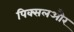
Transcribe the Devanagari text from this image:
पिक्सलऔर